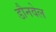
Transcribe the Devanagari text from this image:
डौनवेल